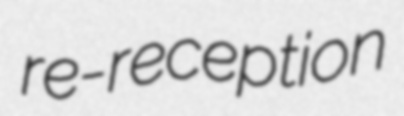
re-reception